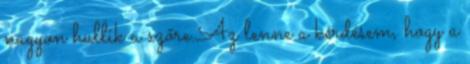
nagyon hullik a szőre.Az lenne a kérdésem, hogy a